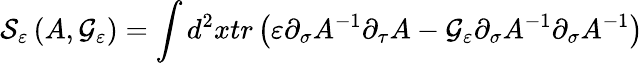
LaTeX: {\cal S}_{\varepsilon}\left(A,{\cal G}_{\varepsilon}\right)=\int d^{2}xtr\left(\varepsilon\partial_{\sigma}A^{-1}\partial_{\tau}A-{\cal G}_{\varepsilon}\partial_{\sigma}A^{-1}\partial_{\sigma}A^{-1}\right)